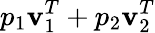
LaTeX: p_{1}\mathbf{v}_{1}^{T}+p_{2}\mathbf{v}_{2}^{T}